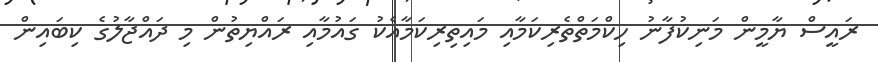
ރައީސް ޔާމީން މަނިކުފާނު ހިކްމަތްތެރިކަމާއި މައިތިރިކަމާއެކު ގައުމާއި ރައްޔިތުން މި ދައްޖާލުގެ ކިބައިން